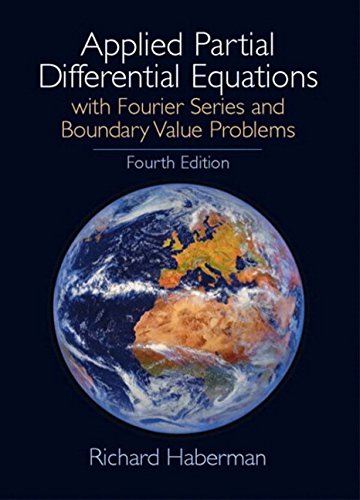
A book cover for Applied Partial Differential Equations: With Fourier Series and Boundary Value Problems, 4th Edition; Richard Haberman; Science & Math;